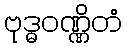
ဗုဒ္ဓဝဏ္ဏိတံ